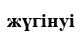
жүгінуі